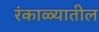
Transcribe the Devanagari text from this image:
रंकाळ्यातील